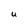
Character: U